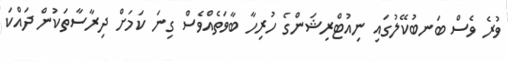
ވުރެ ވެސް ބަނބުކޭލުގައި ނިއުޓްރިޝަންގެ ހުރިހާ ބާވަތެއްވެސް ގިނަ ކަމަށް ދިރާސާތަކުން ދައްކަ